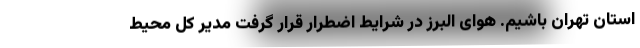
استان تهران باشیم. هوای البرز در شرایط اضطرار قرار گرفت مدیر کل محیط